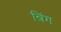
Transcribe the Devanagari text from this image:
न्रिंग